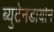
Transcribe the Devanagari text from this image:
ब्युटेनडायोन